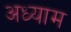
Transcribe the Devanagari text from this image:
अध्याम